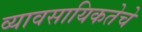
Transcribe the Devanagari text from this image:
व्यावसायिकतेचे